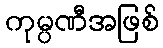
ကုမ္ပဏီအဖြစ်